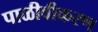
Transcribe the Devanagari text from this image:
पाळीवीकरण